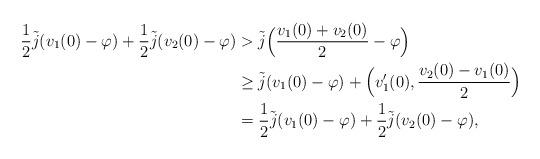
LaTeX: \begin{align*} \frac{1}{2} \tilde{j}(v_1(0) - \varphi) + \frac{1}{2} \tilde{j}(v_2(0) -\varphi) &>\tilde{j}\Big( \frac{v_1(0) + v_2(0)}{2} - \varphi \Big) \\ &\ge \tilde{j}(v_1(0) - \varphi) + \Big(v_1'(0),\frac{v_2(0) - v_1(0)}{2} \Big)\\ &= \frac{1}{2}\tilde{j}(v_1(0) - \varphi) + \frac{1}{2}\tilde{j}(v_2(0) - \varphi),\end{align*}